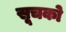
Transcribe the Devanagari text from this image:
सूचको